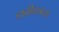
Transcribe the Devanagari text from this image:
डावीकडला